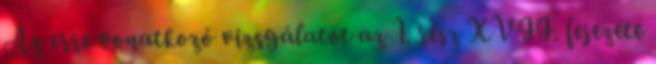
Az erre vonatkozó vizsgálatot az 1. rész XVII. fejezete